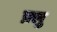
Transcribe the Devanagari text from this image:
फ़्लु